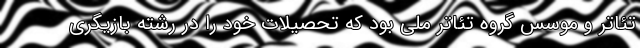
تئاتر و موسس گروه تئاتر ملی بود که تحصیلات خود را در رشته بازیگری